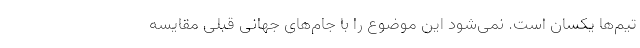
تیم‌ها یکسان است. نمی‌شود این موضوع را با جام‌های جهانی قبلی مقایسه